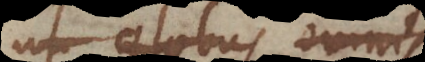
ut globus omnis